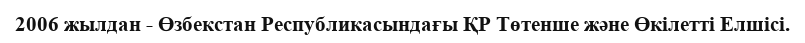
2006 жылдан - Өзбекстан Республикасындағы ҚР Төтенше және Өкілетті Елшісі.